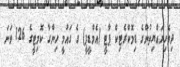
ދިވެހިރައްޔިތުންގެ ޑިމޮކްރެޓިކް ޕާޓީ (އެމްޑީޕީ) ގެ ގައުމީ ހިންގާ ކޮމިޓީގެ 126 ވަނަ